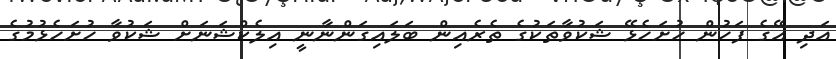
އަދި އޭގެ ފަހުން ހުށަހެޅޭ ޝަކުވާތަކުގެ ތެރެއިން ބަލައިގަންނާނީ އިލެކްޝަނަށް ޝަކުވާ ހުށަހެޅުމުގެ